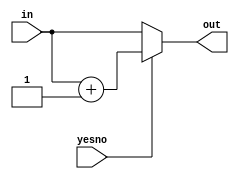
/*
   This file was generated automatically by Alchitry Labs version 1.2.7.
   Do not edit this file directly. Instead edit the original Lucid source.
   This is a temporary file and any changes made to it will be destroyed.
*/

module alu_errorcase_3 (
    input [0:0] yesno,
    input [15:0] in,
    output reg [15:0] out
  );
  
  
  
  reg [15:0] z;
  
  always @* begin
    z = in;
    if (yesno == 1'h1) begin
      z = z + 16'h0001;
    end
    out = z;
  end
endmodule